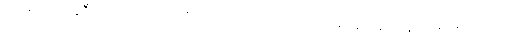
အိပ်စင် တစ်ခုစီတိုင်းမှာစောင် တစ်ထည် အိပ်ယာခင်း တစ်ထည်နဲ့ ခေါင်းအုံး တစ်လုံးပါတယ်။